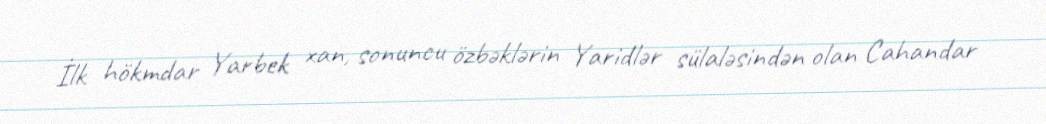
İlk hökmdar Yarbek xan, sonuncu özbəklərin Yaridlər sülaləsindən olan Cahandar